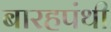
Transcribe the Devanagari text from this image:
बारहपंथी